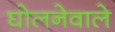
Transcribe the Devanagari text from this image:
घोलनेवाले